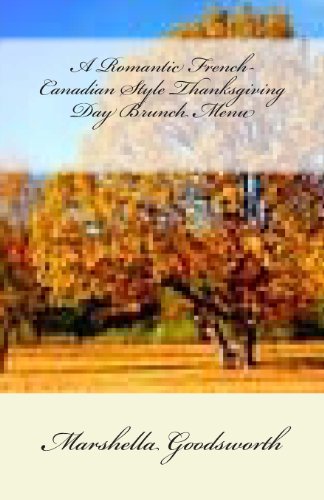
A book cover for A Romantic French-Canadian Style Thanksgiving Day Brunch Menu; Marshella Goodsworth; Cookbooks, Food & Wine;